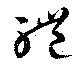
軆